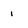
Character: i